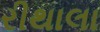
રીથાલા